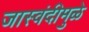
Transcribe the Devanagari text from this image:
जास्वंदीमुळे